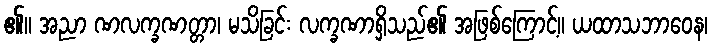
၏။ အညာ ဏလက္ခဏတ္တာ၊ မသိခြင်း လက္ခဏာရှိသည်၏ အဖြစ်ကြောင့်။ ယထာသဘာဝေန၊